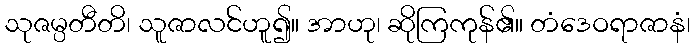
သုဇမ္ပတီတိ၊ သူဇာလင်ဟူ၍။ အာဟု၊ ဆိုကြကုန်၏။ တံဒေဝရာဇာနံ၊